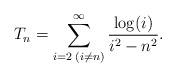
LaTeX: \begin{align*}T_n=\sum_{i=2\;(i\neq n)}^\infty\frac{\log(i)}{i^2-n^2}.\end{align*}